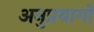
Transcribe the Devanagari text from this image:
अनुप्रयागों